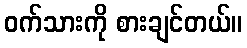
ဝက်သားကို စားချင်တယ်။